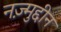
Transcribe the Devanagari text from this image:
नज़्मुद्दीन